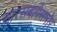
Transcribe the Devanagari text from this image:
सारसबागेसमोर